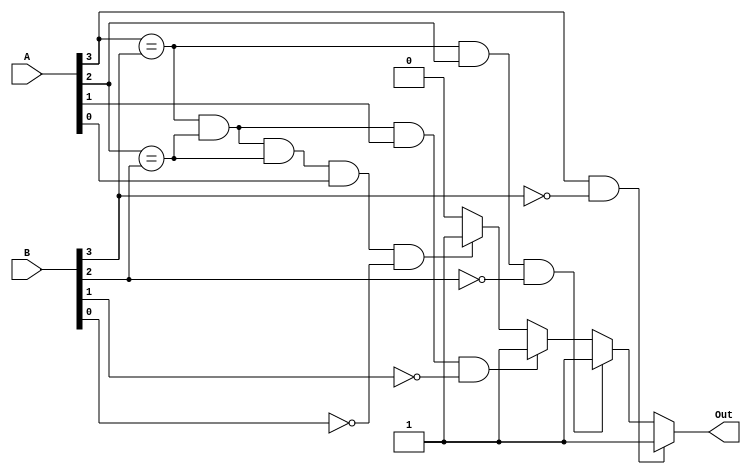
`timescale 1ns / 1ps
//////////////////////////////////////////////////////////////////////////////////
// Company: 
// Engineer: 
// 
// Design Name: 
// Module Name:    comparator 
// Project Name: 
// Target Devices: 
// Tool versions: 
// Description: 
//
// Dependencies: 
//
// Revision: 
// Revision 0.01 - File Created
// Additional Comments: 
//
//////////////////////////////////////////////////////////////////////////////////
module comparator(
    input [3:0] A,
    input [3:0] B,
    output reg Out
    );
	
	initial begin
	Out = 0;  
	end
	always @* begin
		if(A[3]&&~B[3])
			Out=1;
		else if(A[3]==B[3] && A[2]&&~B[2])
			Out=1;
		else if(A[3]==B[3] && A[2]==B[2] && A[1]&&~B[1])
			Out=1;
		else if(A[3]==B[3] && A[2]==B[2] && A[2]==B[2] && A[0]&&~B[0])
			Out=1;
		else
		Out =0;
	end
endmodule